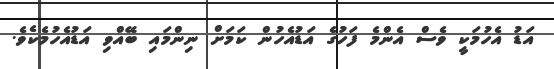
އަޑު އެހުމަކީ ވެސް އެންމެ ފަހުގެ އަޑުއެހުން ކަމަށް ނިންމައި ބޭއްވި އަޑުއެހުމެކެވެ.